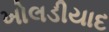
ખોલડીયાદ